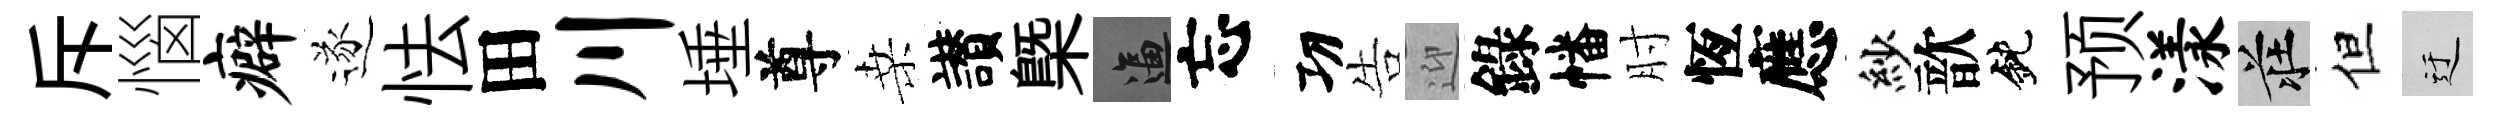
斥惱癖遂怯田川埵尊桑讃槩逼忘㓛告迎錄幡肘恆應紗歆鈍预漾莊但迂